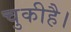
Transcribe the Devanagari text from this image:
चुकीहै।